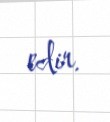
edir.